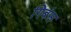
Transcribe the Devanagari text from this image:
गिबंस